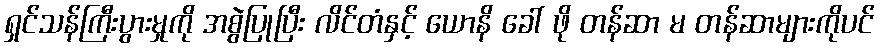
ရှင်သန်ကြီးပွားမှုကို အစွဲပြုပြီး လိင်တံနှင့် ယောနိ ခေါ် ဖို တန်ဆာ မ တန်ဆာများကိုပင်